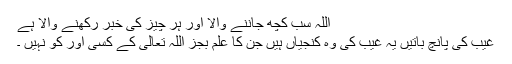
اللہ سب کچھ جاننے والا اور ہر چیز کی خبر رکھنے والا ہے
غیب کی پانچ باتیں یہ غیب کی وہ کنجیاں ہیں جن کا علم بجز اللہ تعالیٰ کے کسی اور کو نہیں ۔